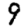
Digit: 9